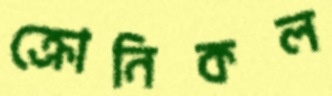
ক্রোনিকল